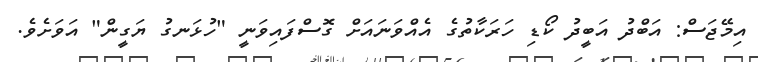
އިމޭޖަސް: އަބްދު އަބީދު ކޯޑި ހަރަކާތުގެ އެއްވަނައަށް ގޮސްފައިވަނީ "ހުޅަނގު ޔަގީން" އަވަށެވެ.